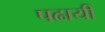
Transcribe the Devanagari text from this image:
पढायी